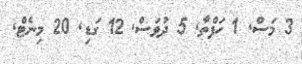
3 މަސް